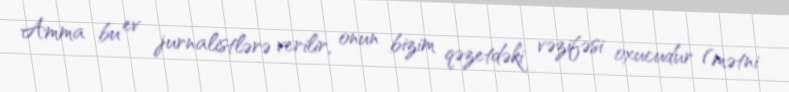
Amma bu ev jurnalistlərə verilir, onun bizim qəzetdəki vəzifəsi oxucudur (mətni